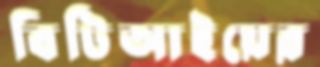
বিটিআইয়ের